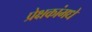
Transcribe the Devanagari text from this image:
प्रेक्षकांमधे